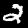
Digit: 2